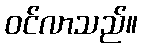
ဝင်လာသည်။